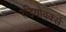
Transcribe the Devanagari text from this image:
रेडियोवर्क्स